Punjab Mental Hospital Lahore 1922-31 - 1922-1931
Year: 1922
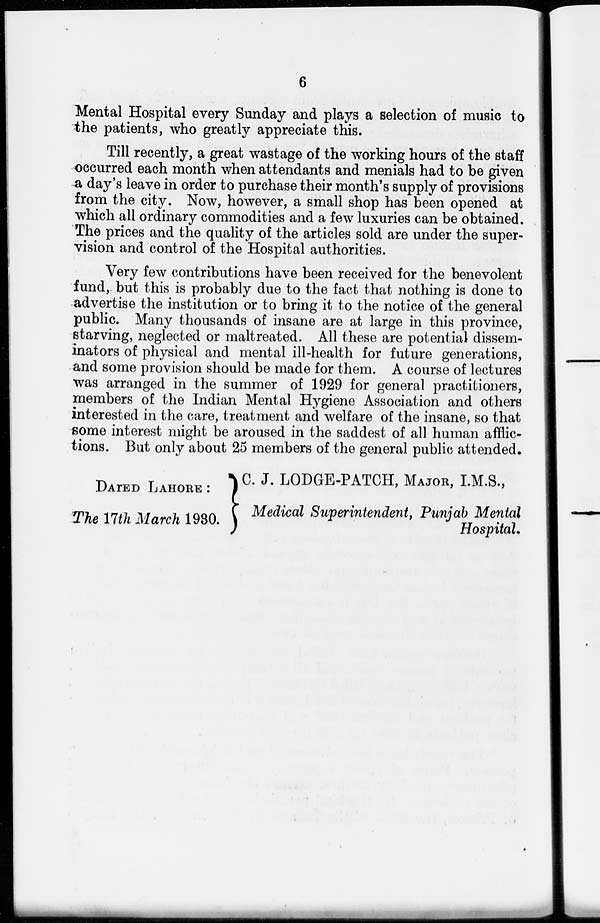
6
Mental Hospital every Sunday and plays a selection of music to
the patients, who greatly appreciate this.
Till recently, a great wastage of the working hours of the staff
occurred each month when attendants and menials had to be given
a day's leave in order to purchase their month's supply of provisions
from the city. Now, however, a small shop has been opened at
which all ordinary commodities and a few luxuries can be obtained.
The prices and the quality of the articles sold are under the super-
vision and control of the Hospital authorities.
Very few contributions have been received for the benevolent
fund, but this is probably due to the fact that nothing is done to
advertise the institution or to bring it to the notice of the general
public. Many thousands of insane are at large in this province,
starving, neglected or maltreated. All these are potential dissem-
inators of physical and mental ill-health for future generations,
and some provision should be made for them. A course of lectures
was arranged in the summer of 1929 for general practitioners,
members of the Indian Mental Hygiene Association and others
interested in the care, treatment and welfare of the insane, so that
some interest might be aroused in the saddest of all human afflic-
tions. But only about 25 members of the general public attended.
DAIED LAHORE :
The 17th March 1930.
C. J. LODGE-PATCH, MAJOR, I.M.S.,
Medical Superintendent, Punjab Mental
Hospital.